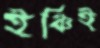
ইঞ্চিই